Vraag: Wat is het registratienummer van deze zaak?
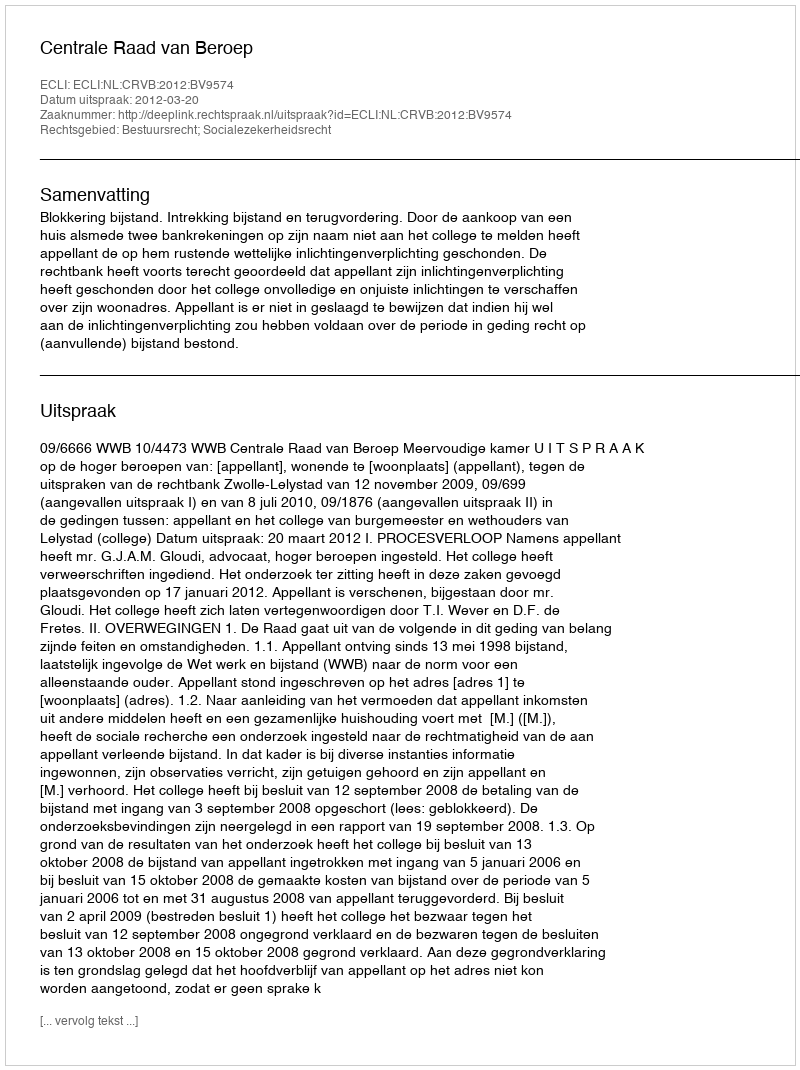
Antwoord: http://deeplink.rechtspraak.nl/uitspraak?id=ECLI:NL:CRVB:2012:BV9574